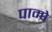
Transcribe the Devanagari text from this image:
पाम्पे